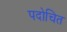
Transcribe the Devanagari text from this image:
पदोचित